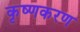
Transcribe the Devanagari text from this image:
कृष्णकरण